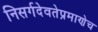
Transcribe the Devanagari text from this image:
निसर्गदेवतेप्रमाणेच